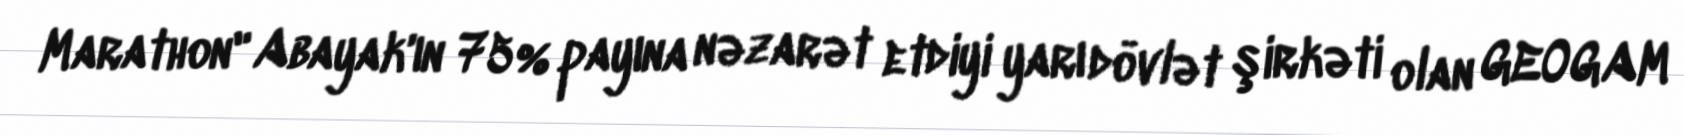
Marathon" Abayak'ın 75% payına nəzarət etdiyi yarı dövlət şirkəti olan GEOGAM